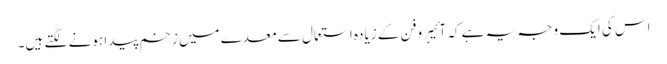
اس کی ایک وجہ یہ ہے کہ آئیبروفن کے زیادہ استعمال سے معدے میں زخم پیدا ہونے لگتے ہیں۔